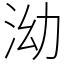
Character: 泑